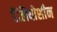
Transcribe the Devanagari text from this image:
पैलियोशीन